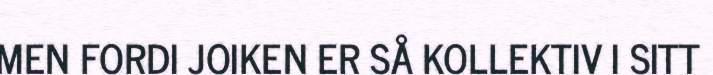
MEN FORDI JOIKEN ER SÅ KOLLEKTIV I SITT